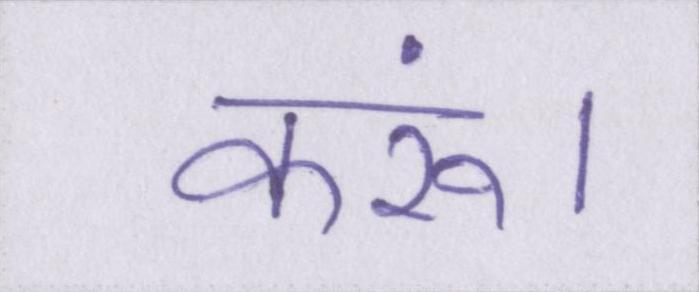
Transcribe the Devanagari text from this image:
करूं।